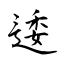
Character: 逶